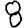
Digit: 8